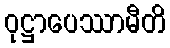
ဝုဋ္ဌာပေဿာမီတိ